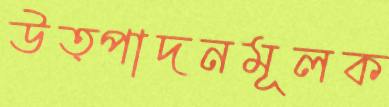
উত্পাদনমূলক